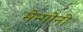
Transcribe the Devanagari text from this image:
मेन्गोनी